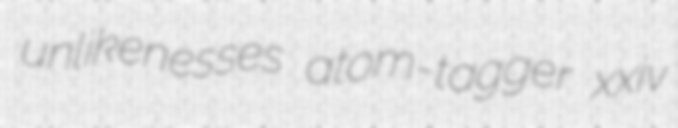
unlikenesses atom-tagger xxiv